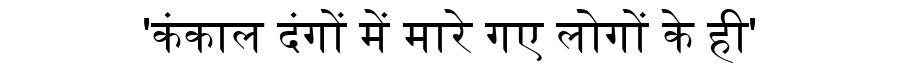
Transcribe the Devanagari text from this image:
'कंकाल दंगों में मारे गए लोगों के ही'